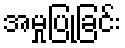
အမှုပြုခြင်း